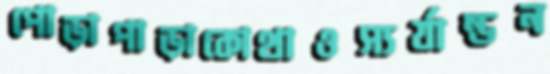
পোড়াপাড়াকোথাওস্যর্যান্ডন